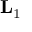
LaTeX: \mathbf { L } _ { 1 }